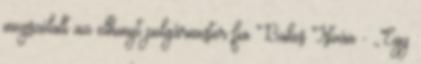
megszólalt az elhunyt polgármester fia Bakos István - ,,Egy